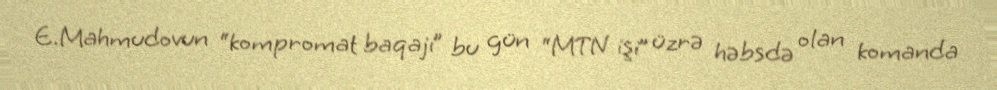
E.Mahmudovun “kompromat baqajı” bu gün “MTN işi” üzrə həbsdə olan komanda